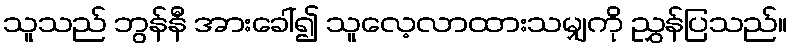
သူသည် ဘွန်နီ အားခေါ်၍ သူလေ့လာထားသမျှကို ညွှန်ပြသည်။